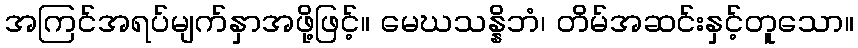
အကြင်အရပ်မျက်နှာအဖို့ဖြင့်။ မေဃသန္နိဘံ၊ တိမ်အဆင်းနှင့်တူသော။